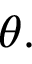
\theta .